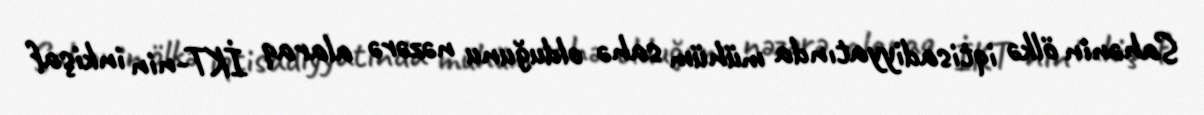
Sahənin ölkə iqtisadiyyatında mühüm sahə olduğunu nəzərə alaraq İKT-nin inkişaf